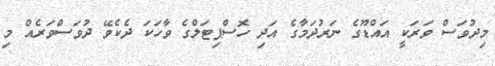
މިދުވަސް ވަރަކީ އައްޑޫގެ ނަރުދަމާގެ އަދި ހޮސްޕިޓަލްގެ ވާހަކަ ދެކެވޭ ދުވަސްވަރެއް މި